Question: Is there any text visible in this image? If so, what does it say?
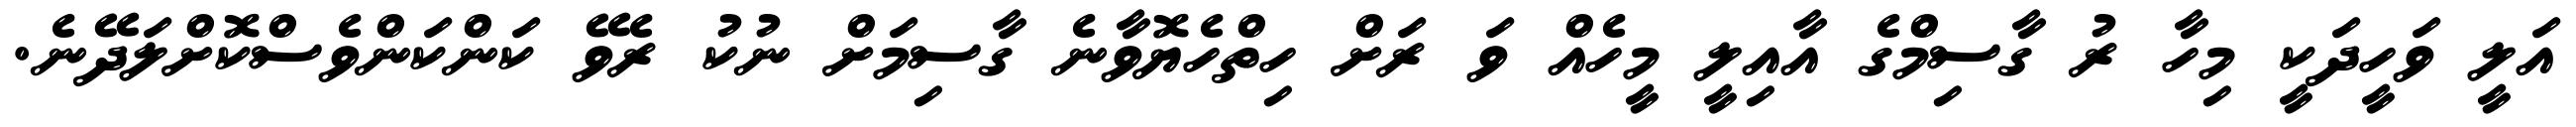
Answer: އަލީ ވަހީދަކީ މިހާ ރު ގާސިމްގެ އާއިލީ މީހެއް ވަ ރަށް ހިތްހެޔޮވާނެ ގާސިމަށް ނުކު ރެވޭ ކަންކަންވެސްކޮށްލަދޭނެ.